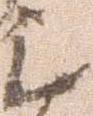
之